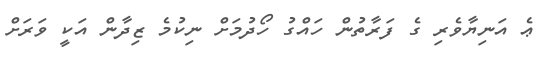
ޢެ އަނިޔާވެރި ގެ ފަރާތުން ހައްގު ހޯދުމަށް ނިކުމެ ޒިދާން އަކީ ވަރަށް